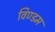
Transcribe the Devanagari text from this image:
विण्डम